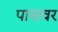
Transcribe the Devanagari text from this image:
पासवर